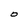
Character: O